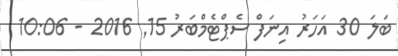
ބަލަ 30 އަހަރު އިނަފް ސެޕްޓެމްބަރު 15